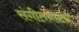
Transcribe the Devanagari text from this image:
संगीतनाट्य